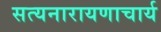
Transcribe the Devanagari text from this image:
सत्यनारायणाचार्य